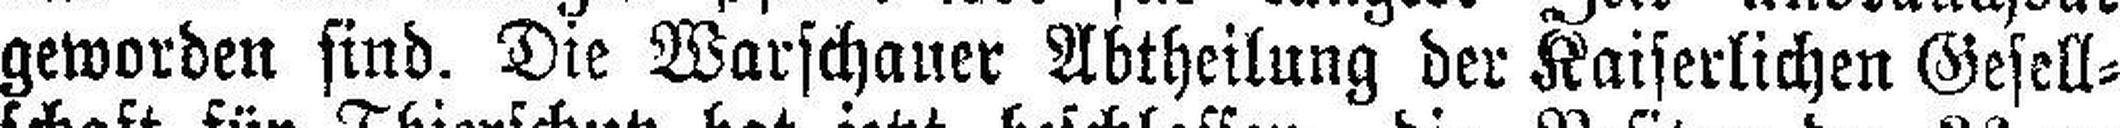
geworden sind. Die Warschauer Abtheilung der Kaiserlichen Gesell¬